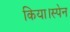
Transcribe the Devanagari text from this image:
किया।स्पेन